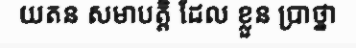
យតន សមាបត្តិ ដែល ខ្លួន ប្រាថ្នា